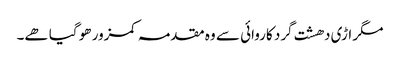
مگر اڑی دھشت گرد کاروائی سے وہ مقدمہ کمزور ھو گیا ھے۔